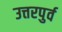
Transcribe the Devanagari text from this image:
उत्तरपुर्व